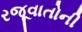
રજૂવાતોની